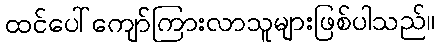
ထင်ပေါ်ကျော်ကြားလာသူများဖြစ်ပါသည်။